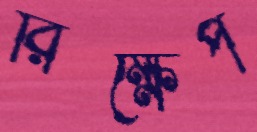
রিক্ষেপ